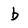
Character: b